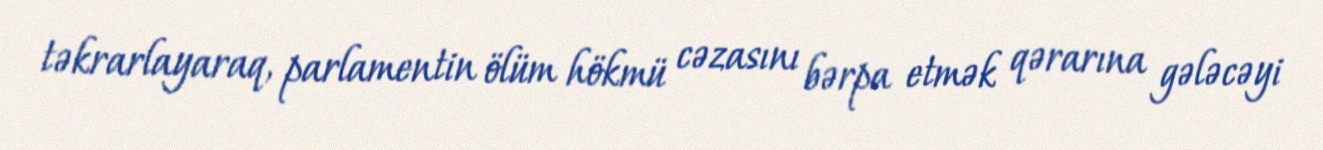
təkrarlayaraq, parlamentin ölüm hökmü cəzasını bərpa etmək qərarına gələcəyi